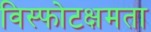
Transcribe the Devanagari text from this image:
विस्फोटक्षमता